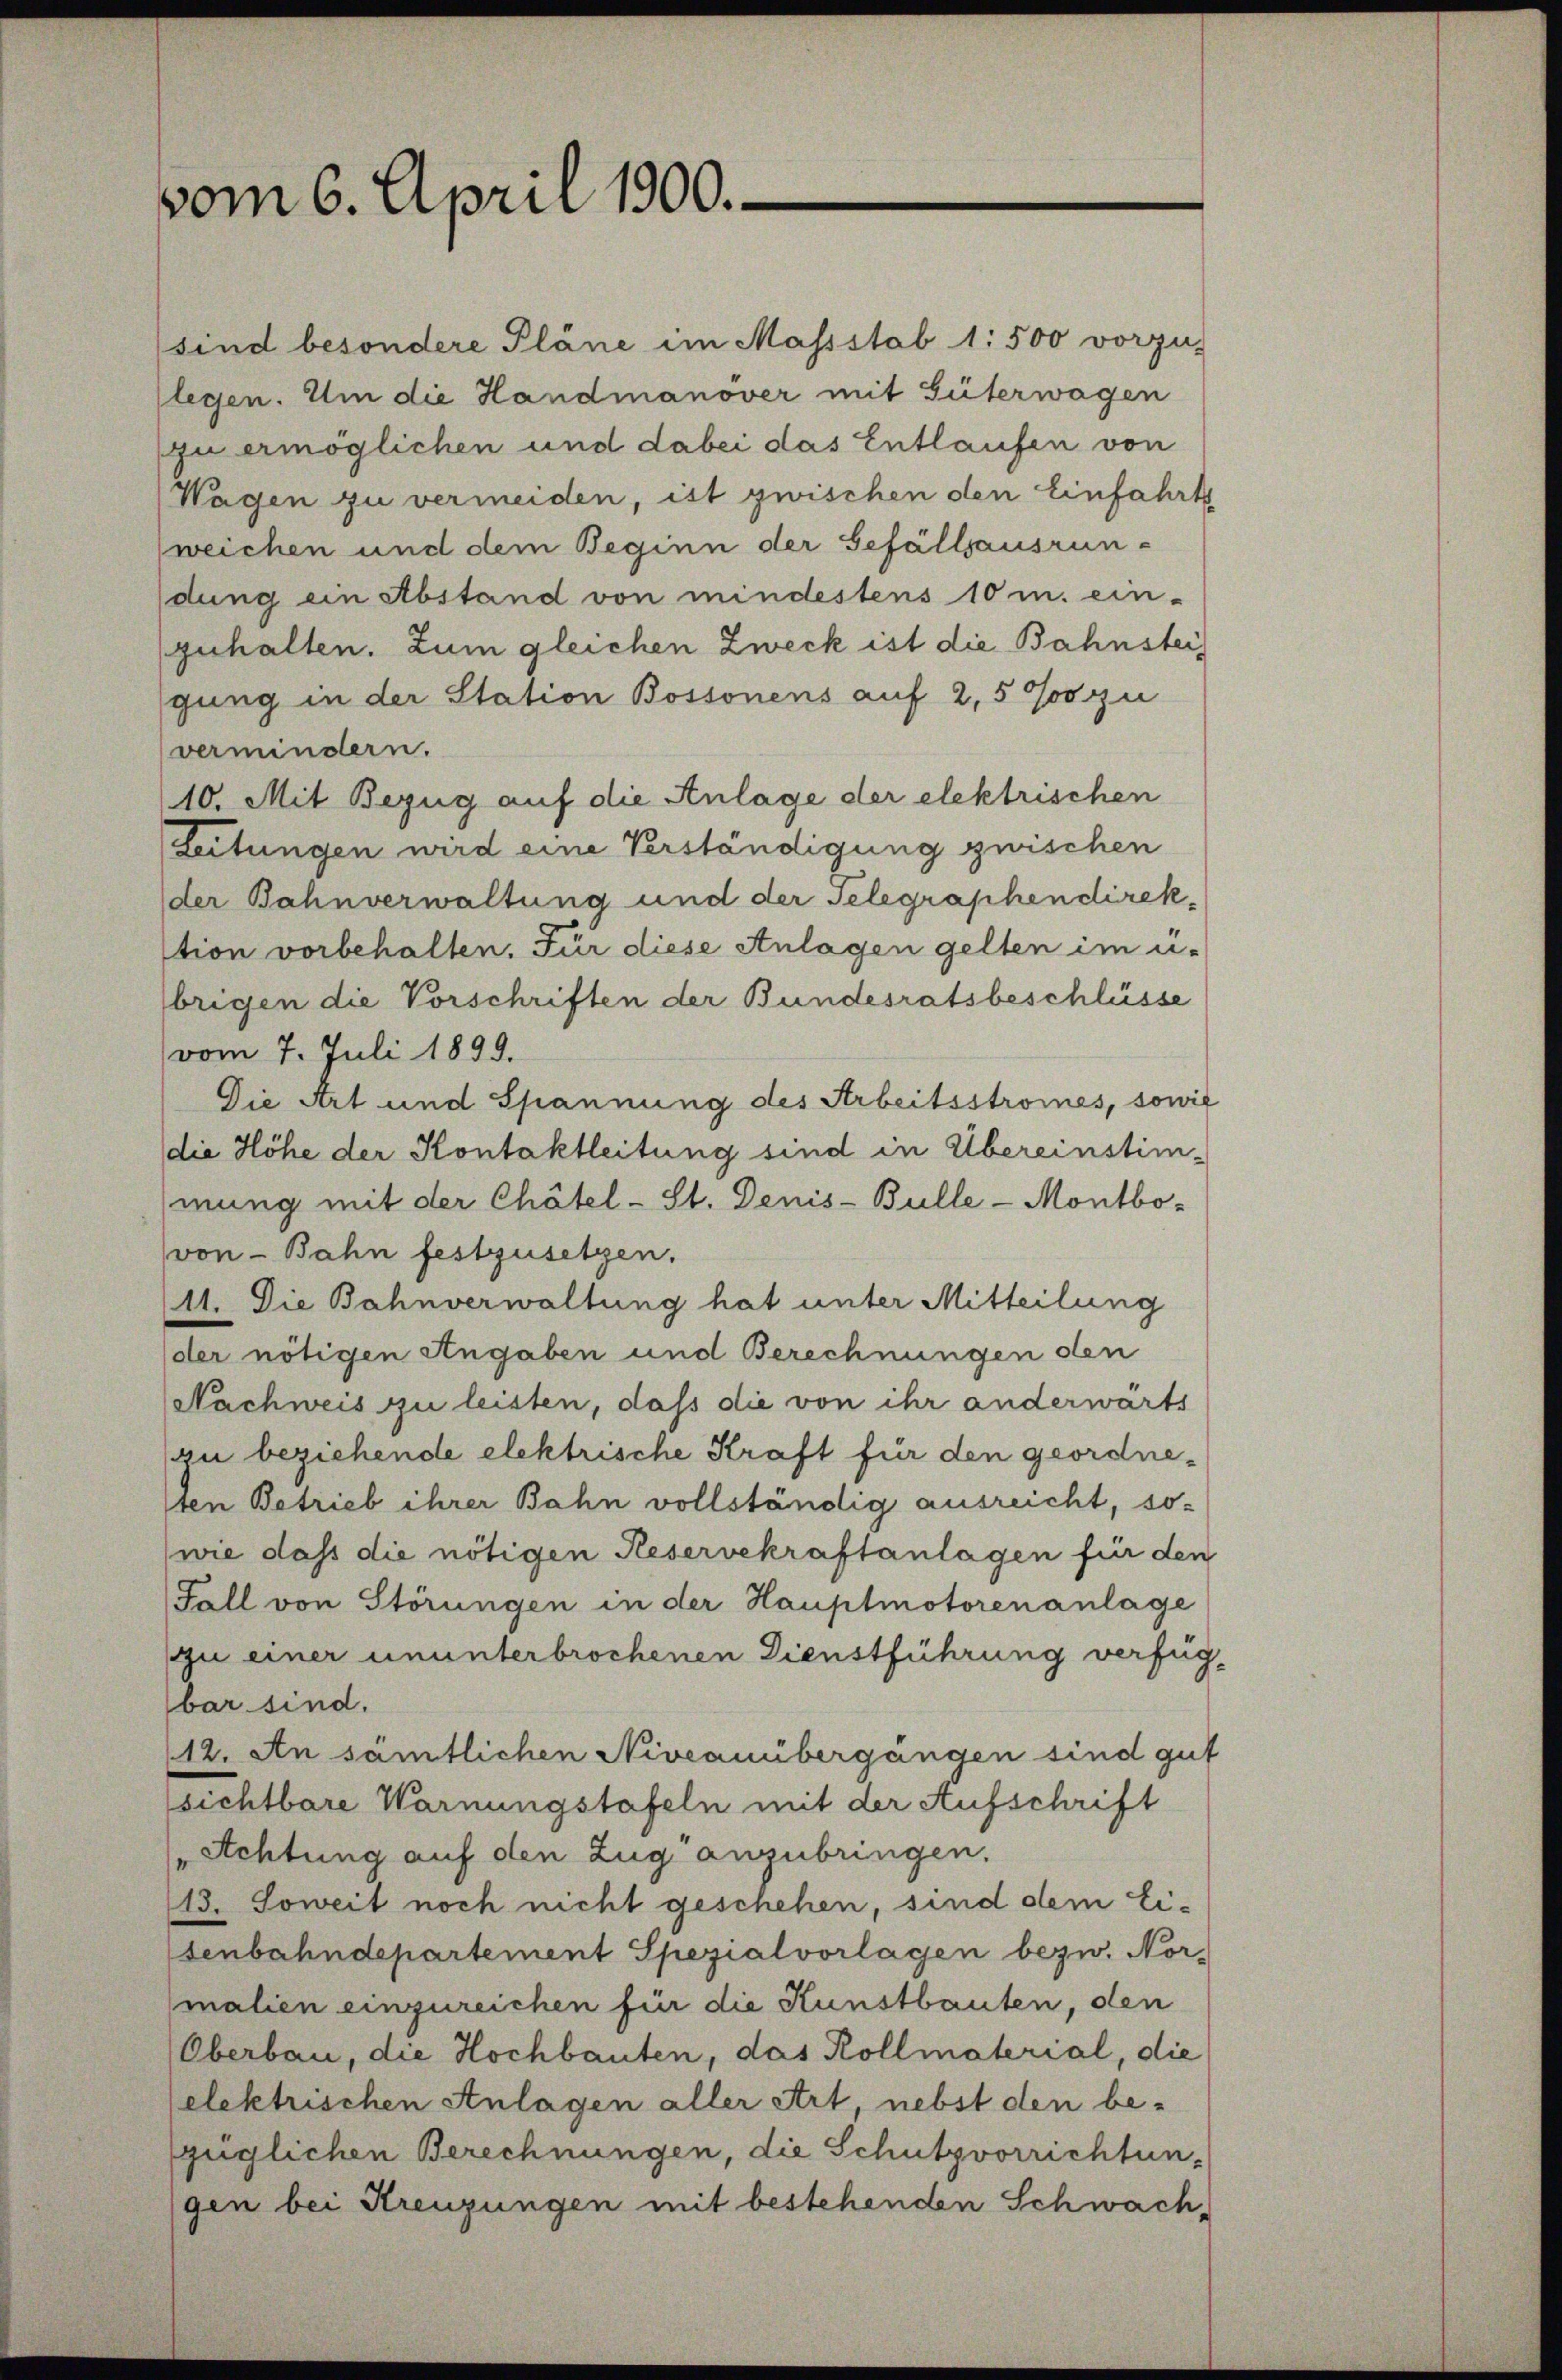
vom 6. April 1900.

sind besondere Pläne im Massstab 1: 500 vorzus
legen. Um die Handmanover mit Güterwagen
zu ermöglichen und dabei das Entlaufen von
Wagen zu vermeiden, ist zwischen den Einfahrts
weichen und dem Beginn der Gefällsausrun-
dung ein Abstand von mindestens 10 m. ein-
zuhalten. Zum gleichen Zweck ist die Bahnsteigung in der Station Bossonens auf 2,5 Joo zu
vermindern.
10. Mit Bezug auf die Anlage der elektrischen
Leitungen wird eine Verständigung zwischen
der Bahnverwaltung und der Telegraphen direkstion vorbehalten. Für diese Anlagen gelten im ü-
brigen die Vorschriften der Bundesratsbeschlüsse
vom 7. Juli 1899.
Die Art und Spannung des Arbeitsstromes, sowie
die Höhe der Kontaktleitung sind in Übereinstim-
mung mit der Chätel-St. Denis-Bulle - Montbo-
von Bahn festzusetzen.
11. Die Bahnverwaltung hat unter Mitteilung
der nötigen Angaben und Berechnungen den
Nachweis zu leisten, daß die von ihr anderwarts
zu beziehende elektrische Kraft für den geordneten Betrieb ihrer Bahn vollständig ausreicht, sowie dass die nötigen Reservekraftanlagen für den
Fall von Störungen in der Hauptmotorenanlage
zu einer ununterbrochenen Dienstführung verfügbar sind.
(12. An sämtlichen Niveauübergangen sind gut
sichtbare Warnungstafeln mit der Aufschrift
Achtung auf den Zug anzubringen.
13. Soweit noch nicht geschehen, sind dem Eisenbahndepartement Spezialvorlagen bezw. Nor-
malien einzureichen für die Kunstbauten, den
Oberbau, die Hochbauten, das Kollmaterial, die
elektrischen Anlagen aller Art, nebst den bezüglichen Berechnungen, die Schutzvorrichtungen bei Kreuzungen mit bestehenden Schwach¬